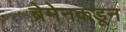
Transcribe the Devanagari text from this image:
ब्रेमेनकडून